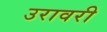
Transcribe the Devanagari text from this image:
उरावरी